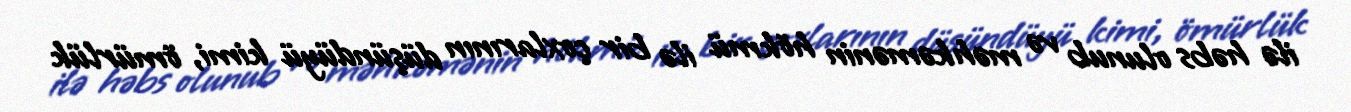
ilə həbs olunub və məhkəmənin hökmü ilə bir çoxlarının düşündüyü kimi, ömürlük